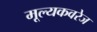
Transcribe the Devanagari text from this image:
मूल्यकवरेज